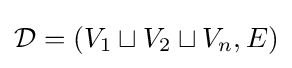
{\mathcal {D}}=(V_{1}\sqcup V_{2}\sqcup V_{n},E)